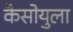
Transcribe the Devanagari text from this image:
कैसोयुला